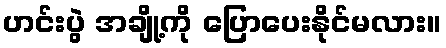
ဟင်းပွဲ အချို့ကို ပြောပေးနိုင်မလား။